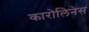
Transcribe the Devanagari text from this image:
कारोलिनेस